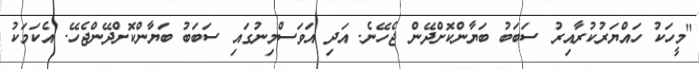
"މީހަކު ހައްޔަރުކުރާއިރު ސަބަބު ބަޔާންކޮށްދޭން ޖެހޭނެ. އަދި އަވަސްމިނުގައި ސަބަބު ބަޔާންކޮށްދޭންޖެހޭ. އެކަމަކު